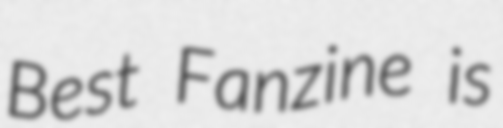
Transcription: Best Fanzine is